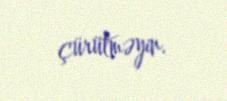
çürütməyin.